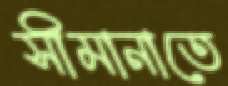
সীমানাতে